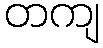
တကျ